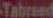
Tabreed